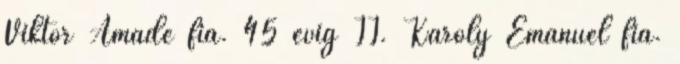
Viktor Amadé fia. 45 évig II. Károly Emánuel fia.